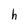
Character: h